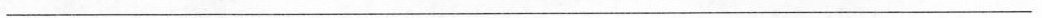
___